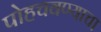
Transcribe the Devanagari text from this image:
पोहचवण्याचा